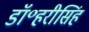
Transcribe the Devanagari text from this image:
डॉ॰हरीसिंह